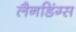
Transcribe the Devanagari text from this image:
लैनडिंग्स